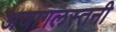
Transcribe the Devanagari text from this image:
अजागलस्तनी